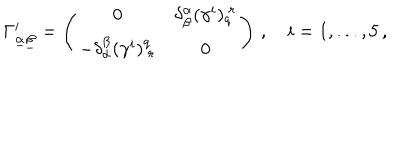
LaTeX: \Gamma _ { \underline { { \alpha } } \underline { { \beta } } } ^ { i } = \left( \begin{array} { c c } { { 0 } } & { { \delta _ { \beta } ^ { \alpha } ( \gamma ^ { i } ) _ { q } ^ { ~ r } } } \\ { { - \delta _ { \alpha } ^ { \beta } ( \gamma ^ { i } ) _ { ~ r } ^ { q } } } & { { 0 } } \\ \end{array} \right) \, , \quad i = 1 , . . . , 5 \, ,